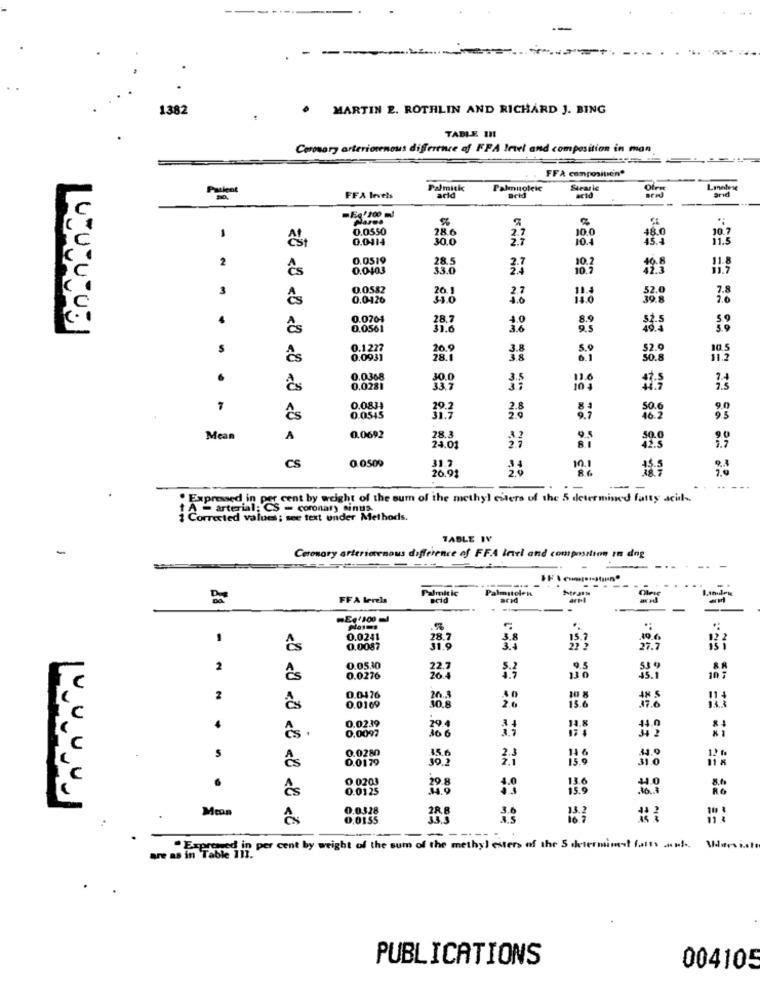
1382
MARTIN 2. ROTHLIN AND RICHARD J. BING
TABLE !!!
Coronary arteriovenous difference of FFA Intel and composition in man
FFA compositien*
Parlent
Palmick
Palmitoleic
Brid
Stearic
Linnlese
arid
FFA levels
arid
acto
0.0550
28.6
10.0
48.0
10.7
0.0414
30.0
2.7
10.4
11.5
-
0.0519
2
¿s
0.0403
37
10.
11-8
3
0.0582
cs
0.0426
0.0704
¿s
0.0561
1º
S
10.5
Cs
0.0931
20.9
3.8
30.8
.
0.0368
30.0
3.5
0.0281
33.7
7
0.0834
29.2
SO.
¿s
0.0545
38
46.7
Mean
A
0.0692
28.3
24.01
0.0509
CS
31.7
26.91
--
--
· Expressed in
cent by weight of the sum of the methyl enters of the 5 determined fatty acile
1 A - arterial; CS - coronary sintia
i Corrected values; see text under Methods.
TABLE IV
-
Coronary arteriovenous difference of FFA Irri and composition In dog
Palmitic
Palmitolen
FFA Levels
acid
arid
arel
-Eq'100 l
1
0.0241
78.7
15.7
0.0087
2
0.0530
339
ês
0.0276
2
0.0476
0.0169
2.6
13.
37.6
0.0239
ês ·
0,0097
0.0179
31.0
0 0203
6
Cs
0.0125
15.9
78
Mean
0.0328
0.0155
----
are as in Table 11i. P
"Expresed in per cent by weight of the sum of the methyl esters of the 5 setermine! farts ........
Values isto
PUBLICATIONS
004105